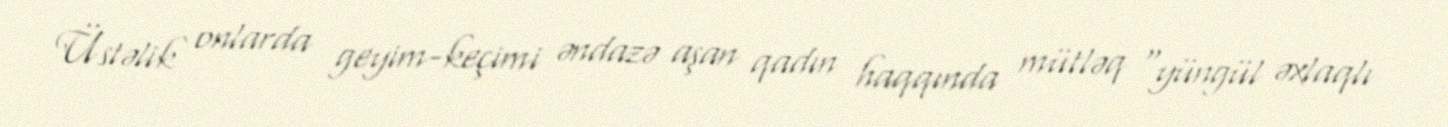
Üstəlik onlarda geyim-keçimi əndazə aşan qadın haqqında mütləq “yüngül əxlaqlı